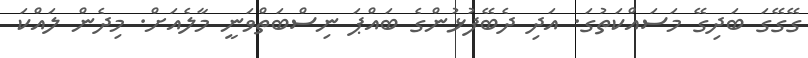
ގޭގޭގަ ބަދިގޭ މަސައްކަތުގަ. އަދި ދެބޭފުޅުންގެ ބައްޕަ ނިސްބަތްވަނީ މާލެއަށް. މިދެން ލައްކަ